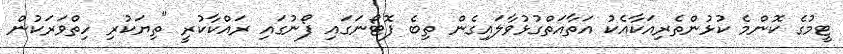
ޓީމުގެ ކޮންމެ ކުޅުންތެރިއަކާއެކު އަތާއަތްގުޅުވާލައިގެން ތިބެ ފޮޓޯނަގައި ފޯނުގައި ރައްކާކުރީ "ތިޔަކުރި ހިތްވަރަކުން